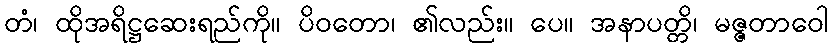
တံ၊ ထိုအရိဋ္ဌဆေးရည်ကို။ ပိဝတော၊ ၏လည်း။ ပေ။ အနာပတ္တိ၊ မဇ္ဇတာဝေါ